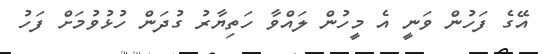
އޭގެ ފަހުން ވަނީ އެ މީހުން ލައްވާ ހަތިޔާރު ގުދަން ހުޅުވުމަށް ފަހު